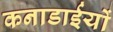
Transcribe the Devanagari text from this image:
कनाडाईयों